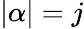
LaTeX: |\alpha|=j